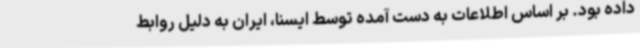
داده بود. بر اساس اطلاعات به دست آمده توسط ایسنا، ایران به دلیل روابط